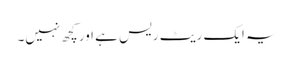
یہ ایک ریٹ ریس ہے اور کچھ نہیں۔